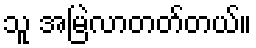
သူ အမြဲလာတတ်တယ်။